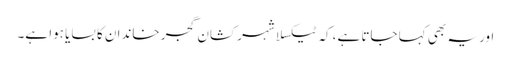
اور یہ بھی کہا جاتا ہے، کہ ٹیکسلا شہر کشان گجر خاندان کا بسایا ہوا ہے۔